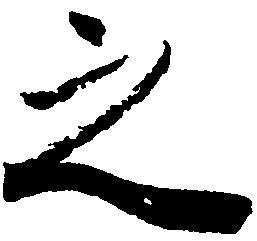
之